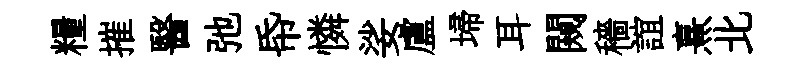
糧摧醫弛帋憐娑盧埽耳闚穡誼熹北